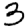
Digit: 3